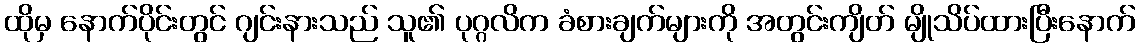
ထိုမှ နောက်ပိုင်းတွင် ဂျင်းနားသည် သူ၏ ပုဂ္ဂလိက ခံစားချက်များကို အတွင်းကျိတ် မျိုသိပ်ထားပြီးနောက်